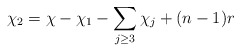
\begin{align*}\chi_2 = \chi - \chi_1 - \sum\limits_{j \geq 3} \chi_j + (n-1) r\end{align*}